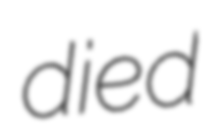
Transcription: died